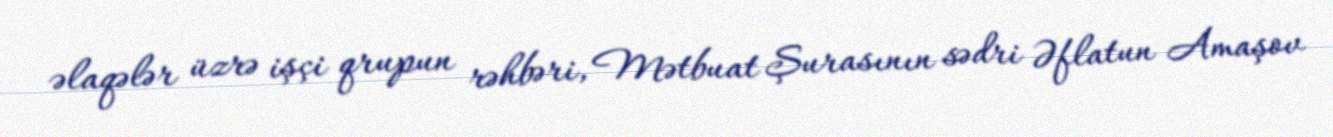
əlaqələr üzrə işçi qrupun rəhbəri, Mətbuat Şurasının sədri Əflatun Amaşov